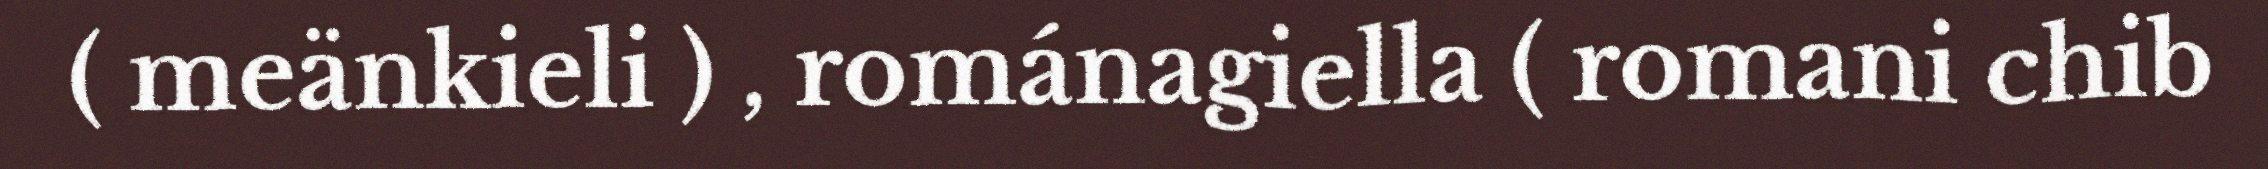
( meänkieli ) , románagiella ( romani chib